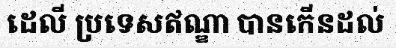
ដេលី ប្រទេសឥណ្ឌា បានកើនដល់